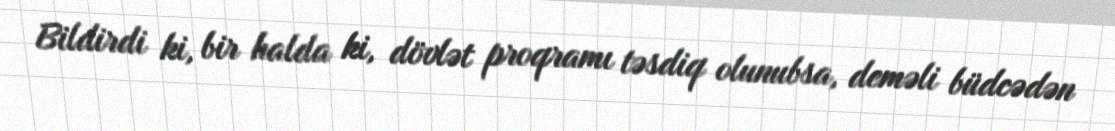
Bildirdi ki, bir halda ki, dövlət proqramı təsdiq olunubsa, deməli büdcədən